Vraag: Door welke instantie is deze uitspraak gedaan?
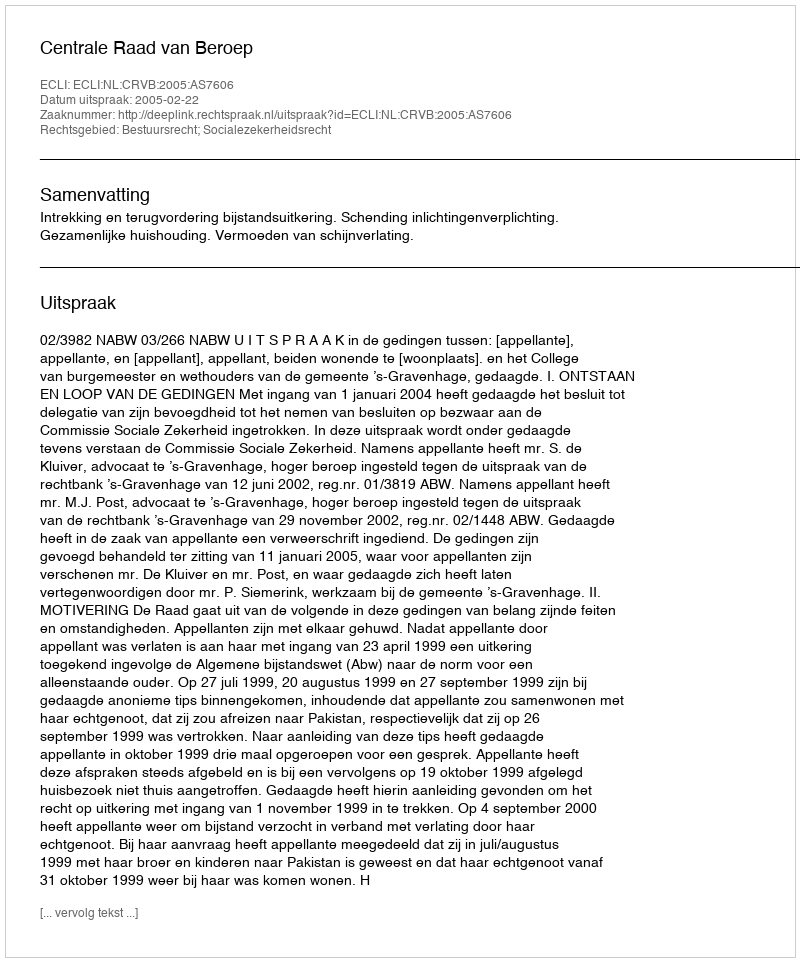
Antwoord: Centrale Raad van Beroep